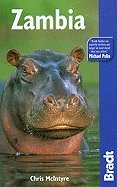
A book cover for Bradt Travel Guide Zambia 4TH EDITION [PB,2008]; Travel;